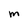
Character: m